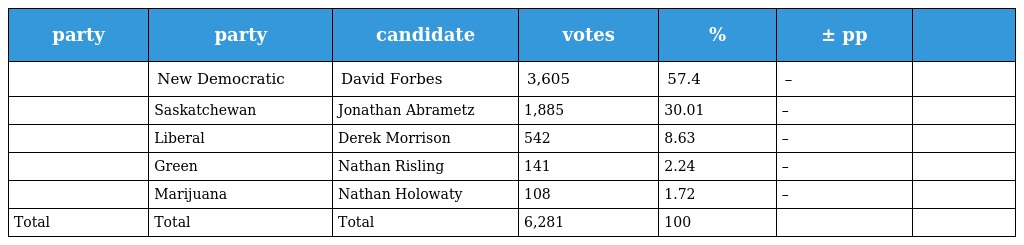
| party | party | candidate | votes | % | ± pp |  |
 | --- | --- | --- | --- | --- | --- | --- |
 |  | New Democratic | David Forbes | 3,605 | 57.4 | – |  |
 |  | Saskatchewan | Jonathan Abrametz | 1,885 | 30.01 | – |  |
 |  | Liberal | Derek Morrison | 542 | 8.63 | – |  |
 |  | Green | Nathan Risling | 141 | 2.24 | – |  |
 |  | Marijuana | Nathan Holowaty | 108 | 1.72 | – |  |
 | Total | Total | Total | 6,281 | 100 |  |  |